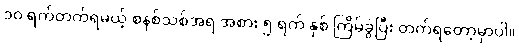
၁၀ ရက်တက်ရမယ့် စနစ်သစ်အရ အစား ၅ ရက် နှစ် ကြိမ်ခွဲပြီး တက်ရတော့မှာပါ။